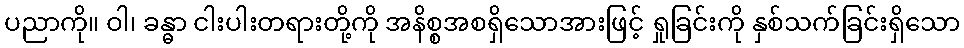
ပညာကို။ ဝါ၊ ခန္ဓာ ငါးပါးတရားတို့ကို အနိစ္စအစရှိသောအားဖြင့် ရှုခြင်းကို နှစ်သက်ခြင်းရှိသော